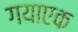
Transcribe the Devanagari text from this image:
गयाएक